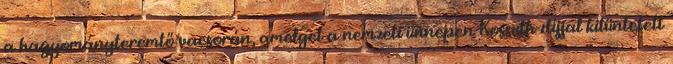
a hagyományteremtő vacsorán, amelyet a nemzeti ünnepen Kossuth-díjjal kitüntetett